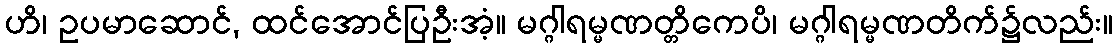
ဟိ၊ ဥပမာဆောင်, ထင်အောင်ပြဦးအံ့။ မဂ္ဂါရမ္မဏတ္တိကေပိ၊ မဂ္ဂါရမ္မဏတိက်၌လည်း။